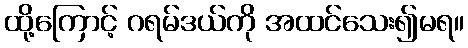
ထို့ကြောင့် ဂရမ်ဒယ်ကို အထင်သေး၍မရ။